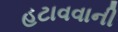
હટાવવાની